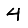
Digit: 4